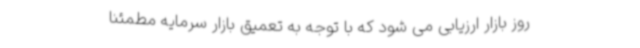
روز بازار ارزیابی می شود که با توجه به تعمیق بازار سرمایه مطمئنا